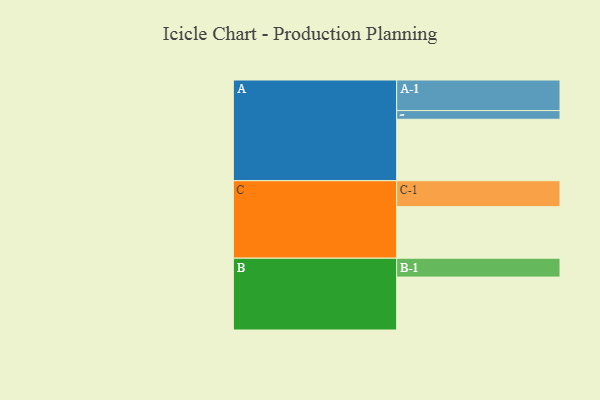
{"axis": {"x": "Segment", "y": "Value"}, "legend": ["", "A", "B", "C"], "data": [{"x": "A", "y": 410, "type": ""}, {"x": "B", "y": 353, "type": ""}, {"x": "C", "y": 344, "type": ""}, {"x": "A-1", "y": 204, "type": "A"}, {"x": "A-2", "y": 58, "type": "A"}, {"x": "B-1", "y": 126, "type": "B"}, {"x": "C-1", "y": 173, "type": "C"}]}